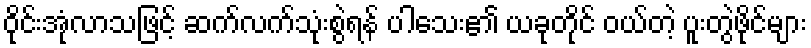
ဝိုင်းအုံလာသဖြင့် ဆက်လက်သုံးစွဲရန် ပါသေး၏ ယခုတိုင် ဝယ်တဲ့ ပူးတွဲဖိုင်များ